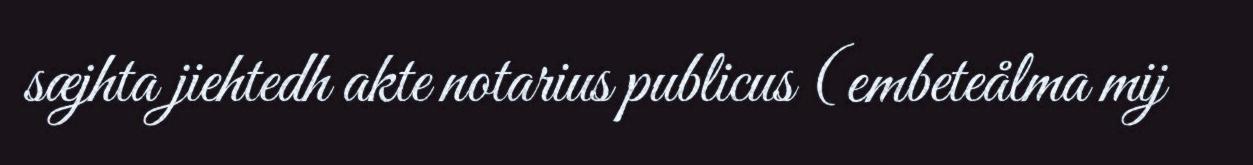
sæjhta jiehtedh akte notarius publicus (embeteålma mij